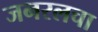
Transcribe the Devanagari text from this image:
जनरलचा